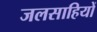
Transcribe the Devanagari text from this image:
जलसाहियों